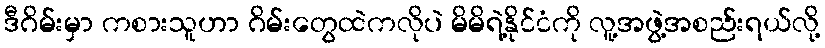
ဒီဂိမ်းမှာ ကစားသူဟာ ဂိမ်းတွေထဲကလိုပဲ မိမိရဲ့နိုင်ငံကို လူ့အဖွဲ့အစည်းရယ်လို့